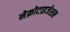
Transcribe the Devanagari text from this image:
नेक्रोटाइजेशन